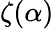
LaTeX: \zeta(\alpha)